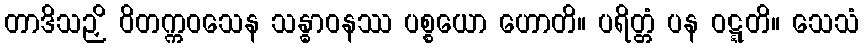
တာဒိသဉှိ ဝိတက္ကဝသေန သန္ဓာဝနဿ ပစ္စယော ဟောတိ။ ပရိတ္တံ ပန ဝဋ္ဋတိ။ သေသံ